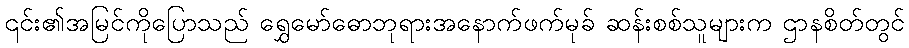
၎င်း၏အမြင်ကိုပြောသည် ရွှေမော်ဓောဘုရားအနောက်ဖက်မုခ် ဆန်းစစ်သူများက ဌာနစိတ်တွင်